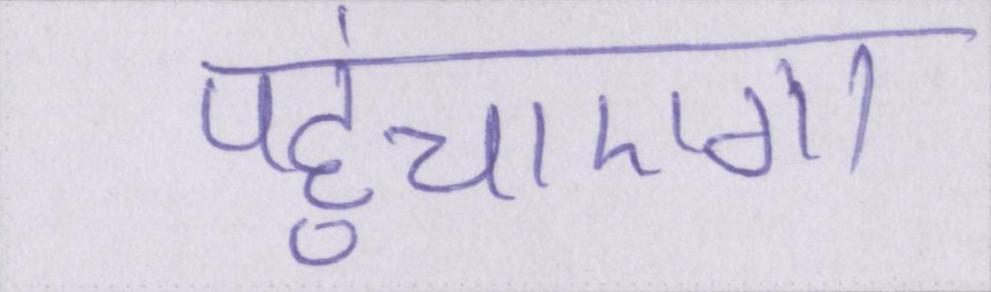
पहुंचाएगा